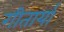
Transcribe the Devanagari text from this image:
गीतार्या